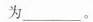
为______。